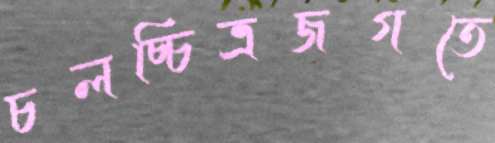
চলচ্চিত্রজগতে